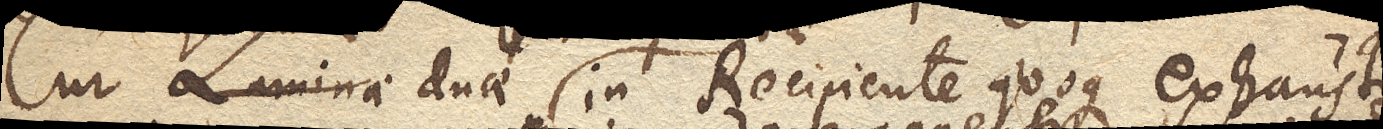
Cur Laminae duae in Recipiente quoque exhausto